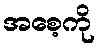
အစေ့ကို